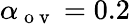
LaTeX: \alpha_{\mathrm{~o~v~}}=0.2